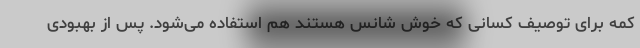
کمه برای توصیف کسانی که خوش شانس هستند هم استفاده می‌شود. پس از بهبودی